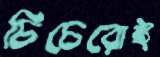
চিচেরোই